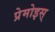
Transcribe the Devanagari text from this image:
प्रेमोइस्